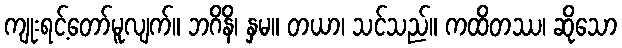
ကျုးရင့်တော်မူလျက်။ ဘဂိနိ၊ နှမ။ တယာ၊ သင်သည်။ ကထိတဿ၊ ဆိုသော